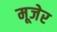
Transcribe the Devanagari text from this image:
मूजेर